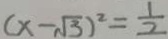
( x - \sqrt { 3 } ) ^ { 2 } = \frac { 1 } { 2 }